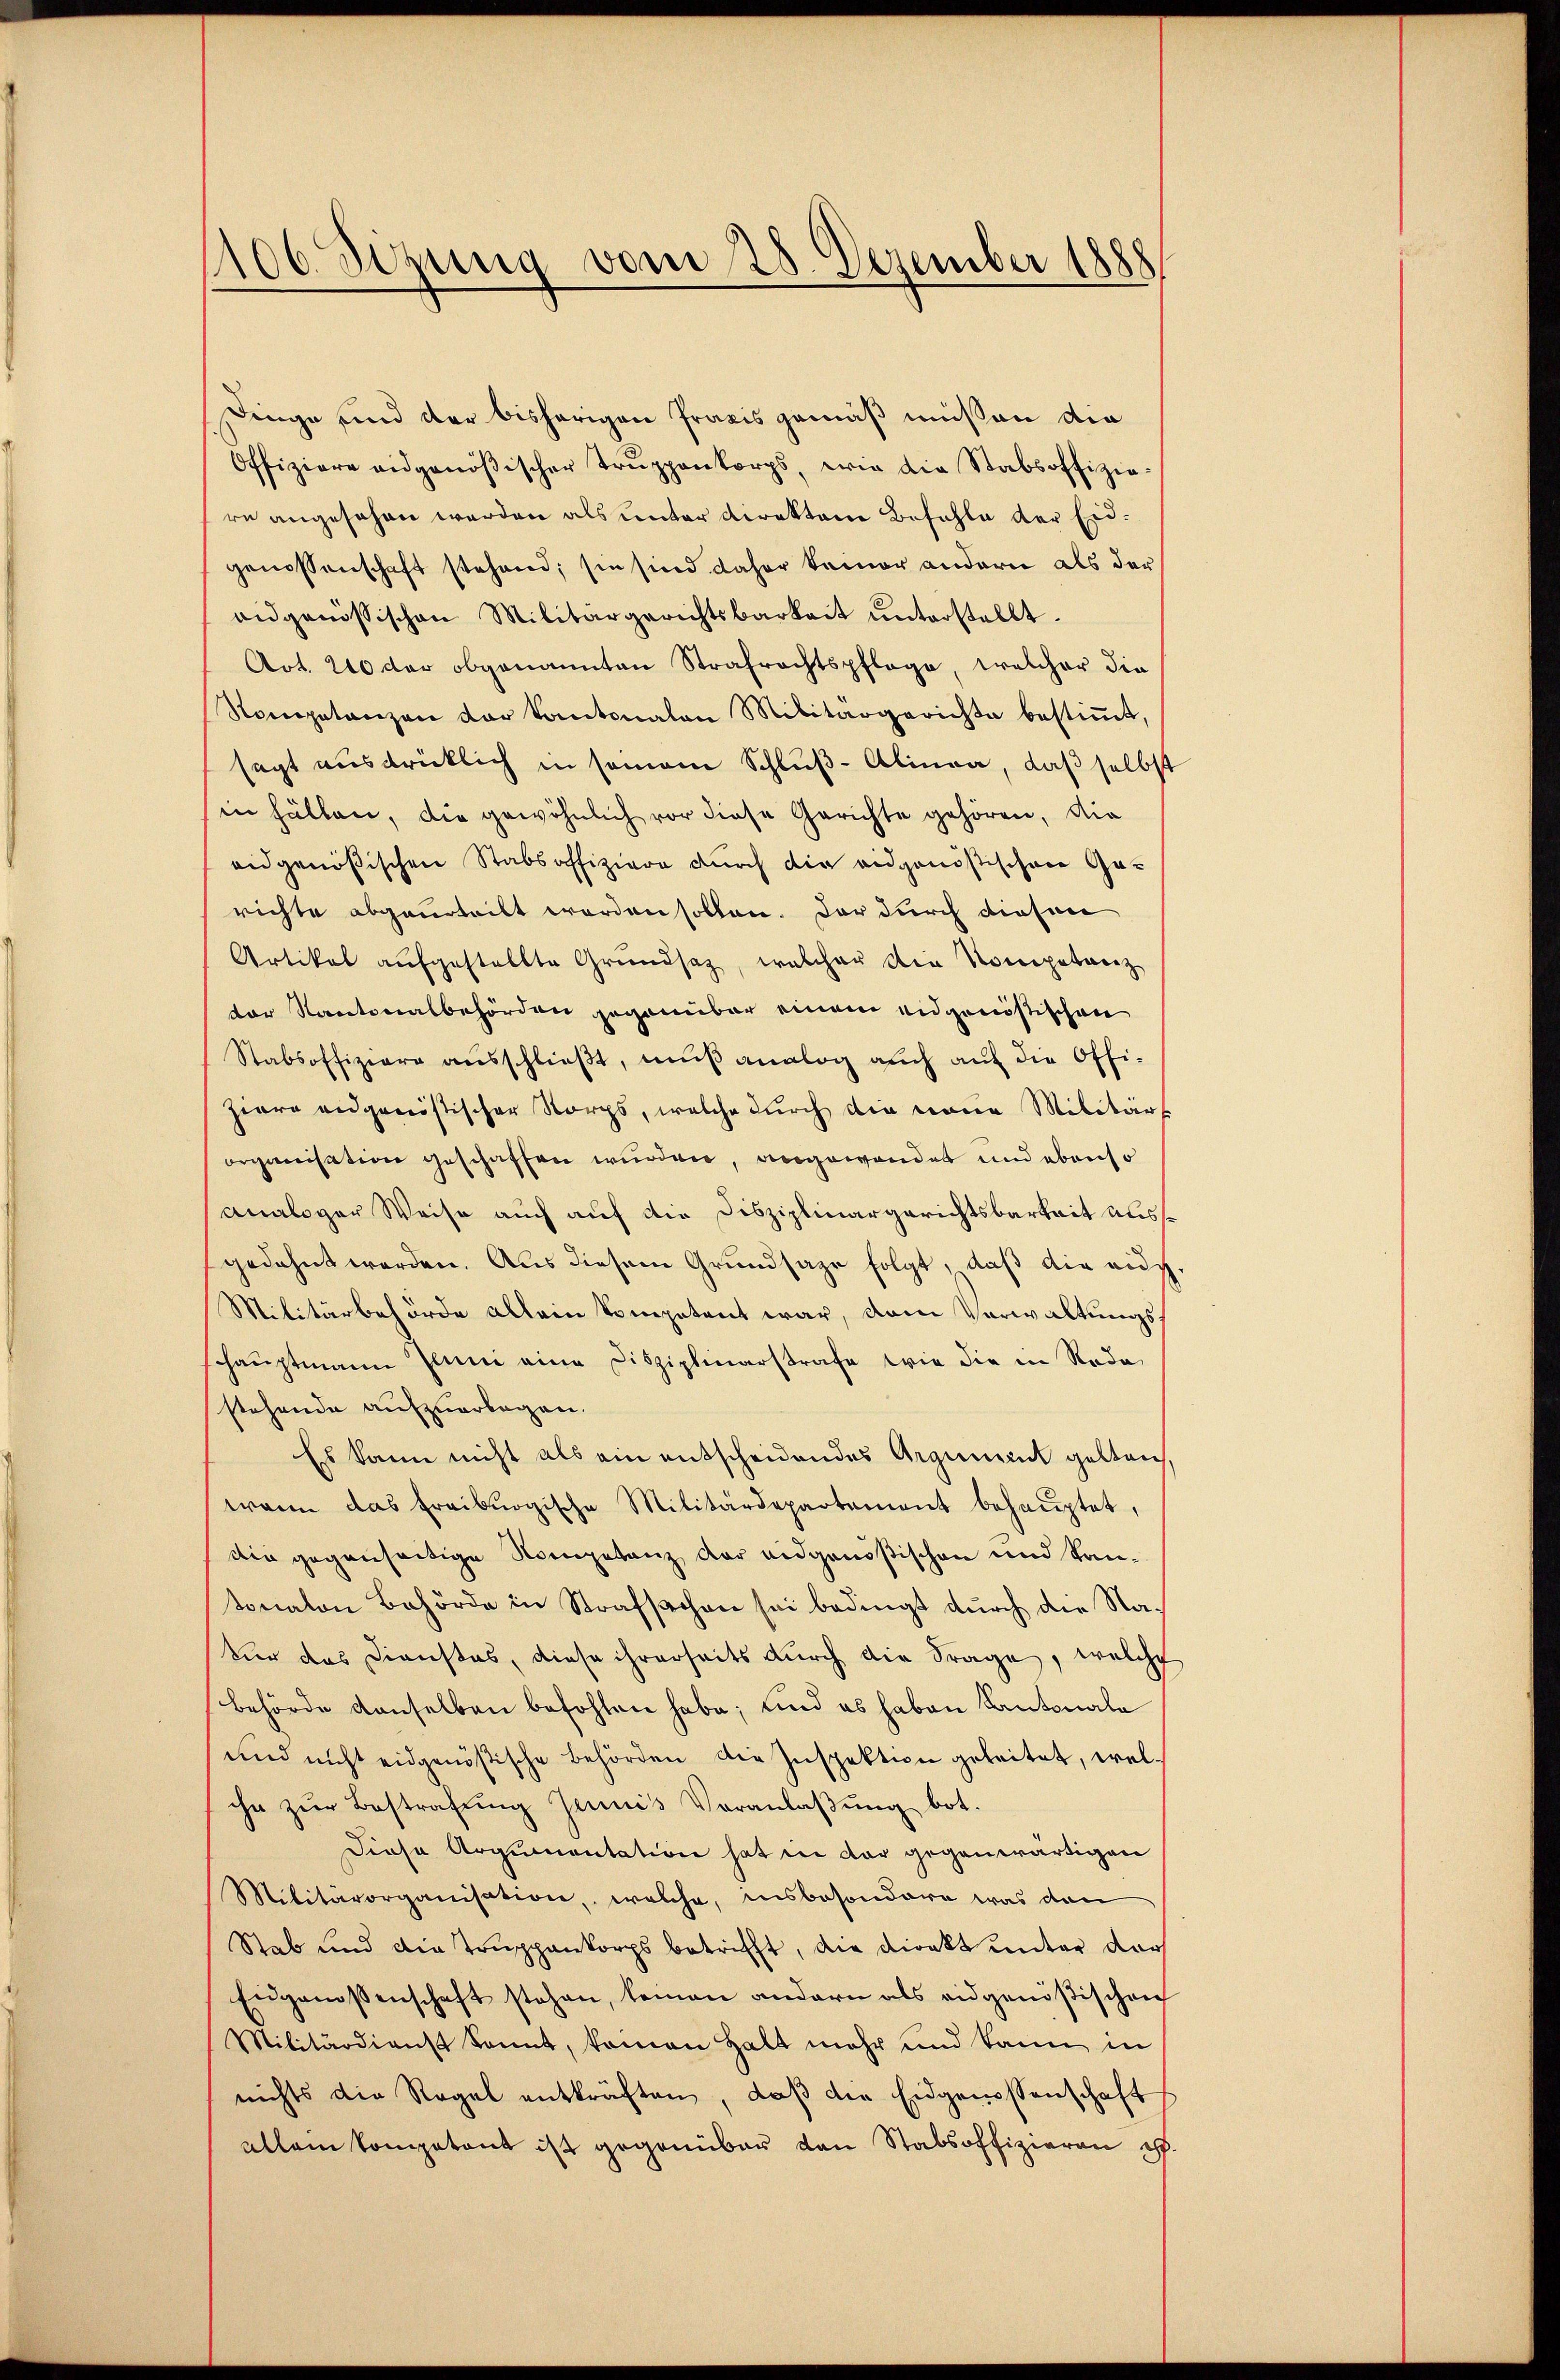
1106. Sizung vom 28. Dezember 1888

Dinge und der bisherigen Praxis gemäß müssen die
Offiziere eidgenößischer Trŭppenkorps, wie die Stabsoffizie-
re angesehen werden als unter Direktore Befehle der Eidgenossenschaft stehend; sie sind daher keiner andern als der
aidgenössischen Militärgerichtsbarkeit ŭnterstellt.
Art. 210 der obgenannten Strafrechtspflege, welcher die
Kompetenzen der Kantonalen Militärgerichte bestiṁt,
sagt ausdrücklich in seinem Schluß-Alinea, daß selbst
in hälten, die gewöhnlich vor diese Gerichte gehören, die
eidgenößischen Stabsoffiziere durch die eidgenößischen Gerichte abgeurteilt worden sollen. Der durch diesen
Artikel aufgestellte Grundsatz, welcher die Nocopetanz
dor Kantonalbehörden gegenüber einem eidgenössischen
Stabsoffiziere aŭsschlieβt, mŭβ analog auch aŭf die Offi-
ziere eidgenössischer Norgs, welche durch die neue Militärs
organisation geschaffen wurden, angewendet und ebenso
analoger Weise auch auf die Disziplinargerichtsbarkeit auss
gedehnt worden. Aus diesem Grundsaze folgt, daß die nich
Militärbehörde allein kompetent war, dem Verwaltungsschauptmann zum eine Disziplinarstrafe wie die in Roda
stehende aufzuarbegen.
Es kann nicht als ein entscheidendes Argument gelten.
wann das Freiburgische Militärdepartement behauptet,
die gegenseitige Nompetenz der eidgenößischen und kantonalen Behörde in Strafsachen sei bedingt durch die Na¬
Ver das Dienstes, diese ihrerseits durch die Frage, welche
Behörde denselben befohlen habe; und es haben Kantonale
und nicht eidgenößische Behörden die Inspektion geleitet, welihn zŭr Bestrafŭng Junis Veranlaβŭng bot.
Diese Argumentation hat in der gegenwärtigen
Militärorganisation, welche, insbesondere was dan
Stab und die Truppenkorps betrifft, die Direkt unter der
Eidgenossenschaft stehen, kamen andern als eidgenößischen
Militärdienst kannt, kamen Halt mehr und kann in
nichts die Regel entkräften, daß die Eidgenossenschaft
allein kompetent ist gegenüber von Stabsoffizieren ih